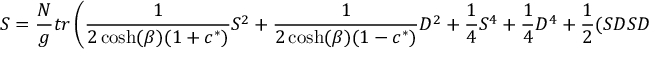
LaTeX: S = { \frac { N } { g } } t r \left( { \frac { 1 } { 2 \cosh ( \beta ) ( 1 + c ^ { * } ) } } S ^ { 2 } + { \frac { 1 } { 2 \cosh ( \beta ) ( 1 - c ^ { * } ) } } D ^ { 2 } + { \frac { 1 } { 4 } } S ^ { 4 } + { \frac { 1 } { 4 } } D ^ { 4 } + { \frac { 1 } { 2 } } ( S D S D + 2 S ^ { 2 } D ^ { 2 } ) \right) ,